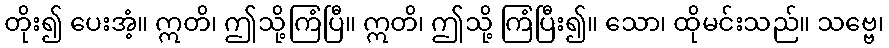
တိုး၍ ပေးအံ့။ ဣတိ၊ ဤသို့ကြံပြီ။ ဣတိ၊ ဤသို့ ကြံပြီး၍။ သော၊ ထိုမင်းသည်။ သဗ္ဗေ၊